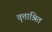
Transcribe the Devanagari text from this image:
वृत्ताश्रित